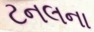
ટનલના